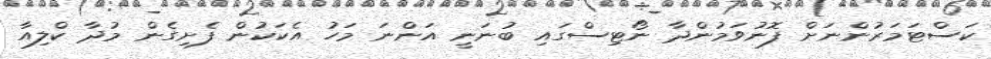
ކަސްޓަމަރުންނަށް ފޮނުވަމުންދާ ނޯޓިސްގައި ބުނަނީ އަންނަ މަހު އެކަކުން ފެށިގެން މުދާ ކްލިއާ